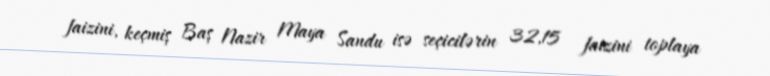
faizini, keçmiş Baş Nazir Maya Sandu isə seçicilərin 32,15 faizini toplaya